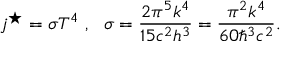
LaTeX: j ^ { \star } = \sigma T ^ { 4 } ~ , ~ ~ \sigma = { \frac { 2 \pi ^ { 5 } k ^ { 4 } } { 1 5 c ^ { 2 } h ^ { 3 } } } = { \frac { \pi ^ { 2 } k ^ { 4 } } { 6 0 \hbar ^ { 3 } c ^ { 2 } } } .